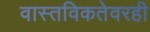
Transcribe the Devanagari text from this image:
वास्तविकतेवरही